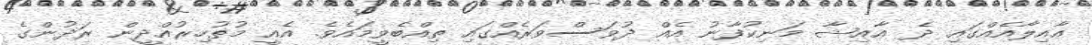
ޢާއިލާއެއްގައި ދެ ޢާއިޝާ މަނިކުފާނު އެއް ދުވަސްވަރެއްގައި ތިއްބެވީމައެވެ. އެއީ މުޡުހިރުއްދީން ރަދުންގެ